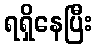
ရရှိနေပြီး